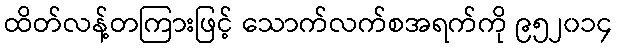
ထိတ်လန့်တကြားဖြင့် သောက်လက်စအရက်ကို ၉၅၂၀၁၄